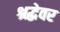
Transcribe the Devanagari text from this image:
श्रद्धेवर